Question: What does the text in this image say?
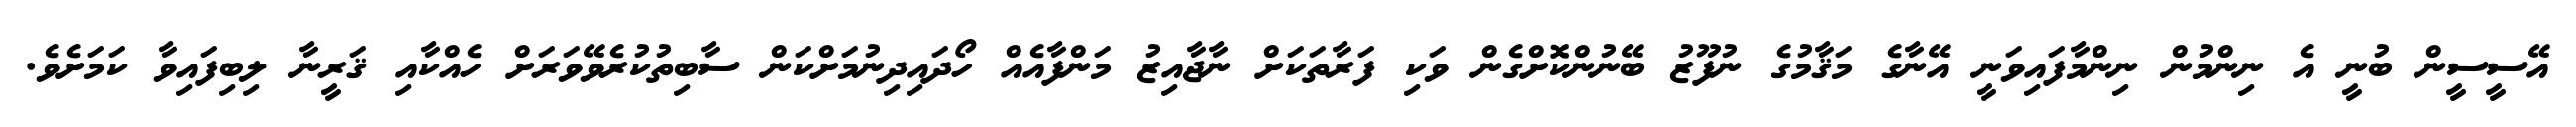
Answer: އޭސީސީން ބުނީ އެ ނިންމުން ނިންމާފައިވަނީ އޭނާގެ މަޤާމުގެ ނުފޫޒު ބޭނުންކޮށްގެން ވަކި ފަރާތަކަށް ނާޖާއިޒު މަންފާއެއް ހޯދައިދިނުމަށްކަން ސާބިތުކުރެވޭވަރަށް ހެއްކާއި ޤަރީނާ ލިބިފައިވާ ކަމަށެވެ.